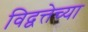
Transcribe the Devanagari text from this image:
विद्वत्तेच्या